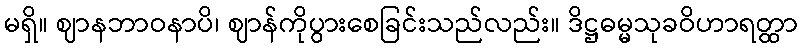
မရှိ။ ဈာနဘာဝနာပိ၊ ဈာန်ကိုပွားစေခြင်းသည်လည်း။ ဒိဋ္ဌဓမ္မသုခဝိဟာရတ္ထာ